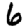
Digit: 6